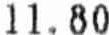
11.80